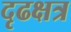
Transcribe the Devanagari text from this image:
दृढक्षत्र